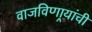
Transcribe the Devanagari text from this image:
वाजविणार्‍यांची